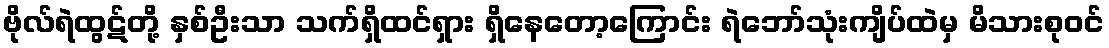
ဗိုလ်ရဲထွဋ်တို့ နှစ်ဦးသာ သက်ရှိထင်ရှား ရှိနေတော့ကြောင်း ရဲဘော်သုံးကျိပ်ထဲမှ မိသားစုဝင်